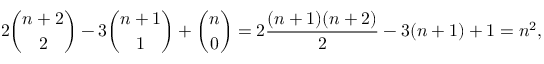
2 { \binom { n + 2 } { 2 } } - 3 { \binom { n + 1 } { 1 } } + { \binom { n } { 0 } } = 2 { \frac { ( n + 1 ) ( n + 2 ) } { 2 } } - 3 ( n + 1 ) + 1 = n ^ { 2 } ,